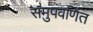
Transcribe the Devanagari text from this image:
समुपवर्णित